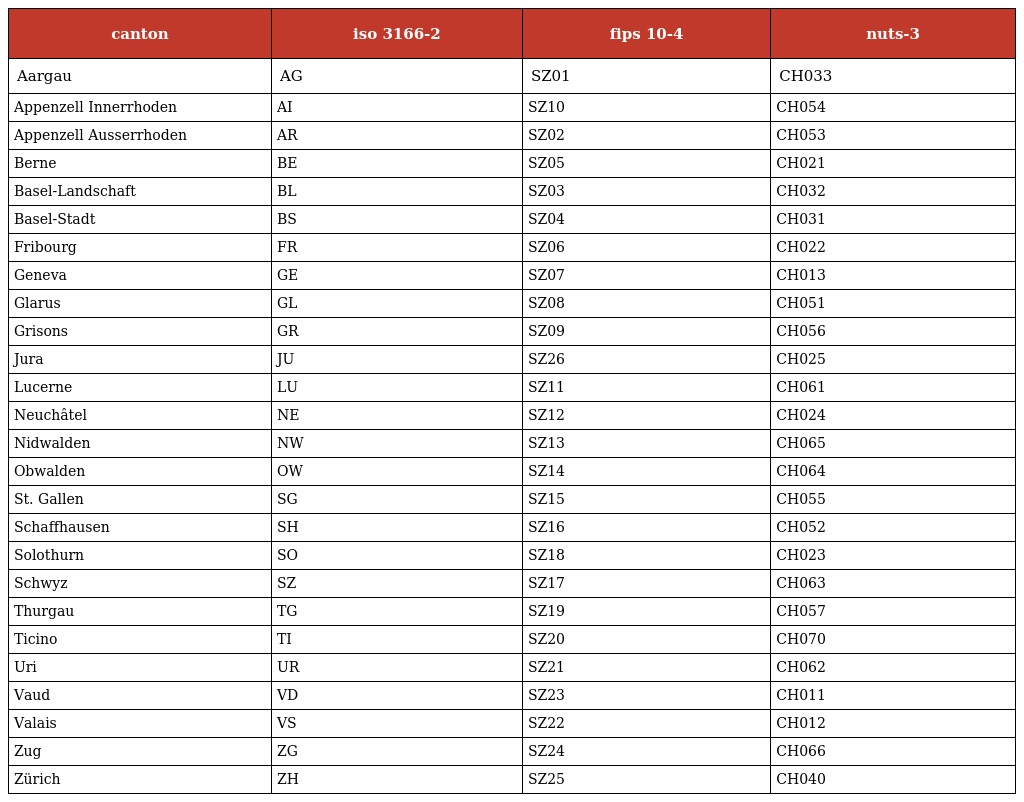
| canton | iso 3166-2 | fips 10-4 | nuts-3 |
 | --- | --- | --- | --- |
 | Aargau | AG | SZ01 | CH033 |
 | Appenzell Innerrhoden | AI | SZ10 | CH054 |
 | Appenzell Ausserrhoden | AR | SZ02 | CH053 |
 | Berne | BE | SZ05 | CH021 |
 | Basel-Landschaft | BL | SZ03 | CH032 |
 | Basel-Stadt | BS | SZ04 | CH031 |
 | Fribourg | FR | SZ06 | CH022 |
 | Geneva | GE | SZ07 | CH013 |
 | Glarus | GL | SZ08 | CH051 |
 | Grisons | GR | SZ09 | CH056 |
 | Jura | JU | SZ26 | CH025 |
 | Lucerne | LU | SZ11 | CH061 |
 | Neuchâtel | NE | SZ12 | CH024 |
 | Nidwalden | NW | SZ13 | CH065 |
 | Obwalden | OW | SZ14 | CH064 |
 | St. Gallen | SG | SZ15 | CH055 |
 | Schaffhausen | SH | SZ16 | CH052 |
 | Solothurn | SO | SZ18 | CH023 |
 | Schwyz | SZ | SZ17 | CH063 |
 | Thurgau | TG | SZ19 | CH057 |
 | Ticino | TI | SZ20 | CH070 |
 | Uri | UR | SZ21 | CH062 |
 | Vaud | VD | SZ23 | CH011 |
 | Valais | VS | SZ22 | CH012 |
 | Zug | ZG | SZ24 | CH066 |
 | Zürich | ZH | SZ25 | CH040 |